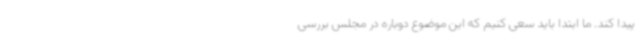
پیدا کند. ما ابتدا باید سعی کنیم که این موضوع دوباره در مجلس بررسی